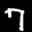
Label: 7